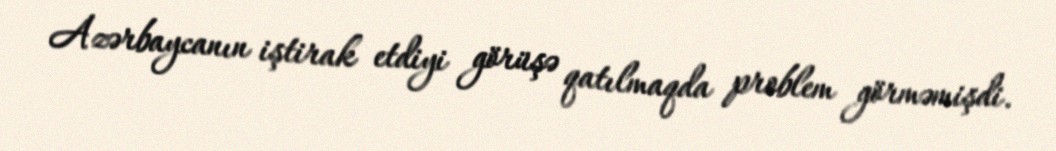
Azərbaycanın iştirak etdiyi görüşə qatılmaqda problem görməmişdi.